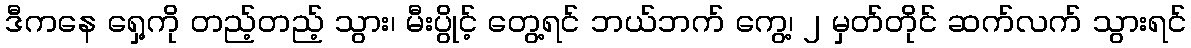
ဒီကနေ ရှေ့ကို တည့်တည့် သွား၊ မီးပွိုင့် တွေ့ရင် ဘယ်ဘက် ကွေ့၊ ၂ မှတ်တိုင် ဆက်လက် သွားရင်